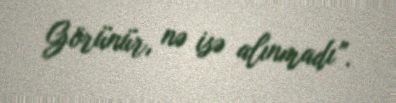
Görünür, nə isə alınmadı”.